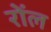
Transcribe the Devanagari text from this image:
रोंल